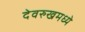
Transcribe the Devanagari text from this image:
देवरुखमध्ये